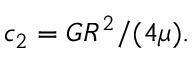
c _ { 2 } = G R ^ { 2 } / ( 4 \mu ) .